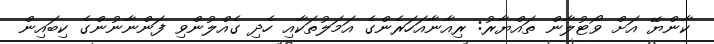
ކާންޔޭ އަށް ވޯޓުލާން ތައްޔާރު: ރިއާނާއަހަރެންގެ އަމަލުތަކާއި ހެދި ގެއްލުންވި ފަންނާނުންގެ ކިބައިން